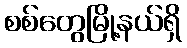
စစ်တွေမြို့နယ်ရှိ